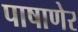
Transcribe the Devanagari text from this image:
पाषाणेर